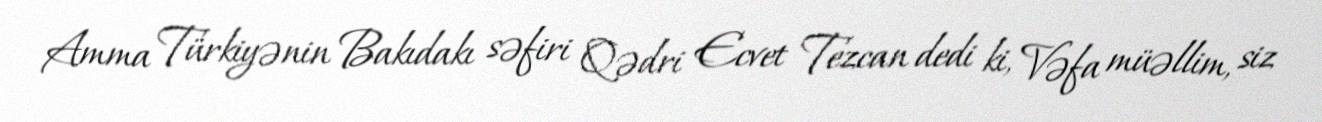
Amma Türkiyənin Bakıdakı səfiri Qədri Ecvet Tezcan dedi ki, Vəfa müəllim, siz